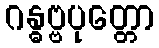
ဂန္ဓဗ္ဗပုတ္တော